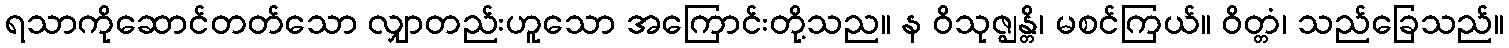
ရသာကိုဆောင်တတ်သော လျှာတည်းဟူသော အကြောင်းတို့သည။ န ဝိသုဇ္ဈန္တိ၊ မစင်ကြယ်။ ဝိတ္တံ၊ သည်ခြေသည်။